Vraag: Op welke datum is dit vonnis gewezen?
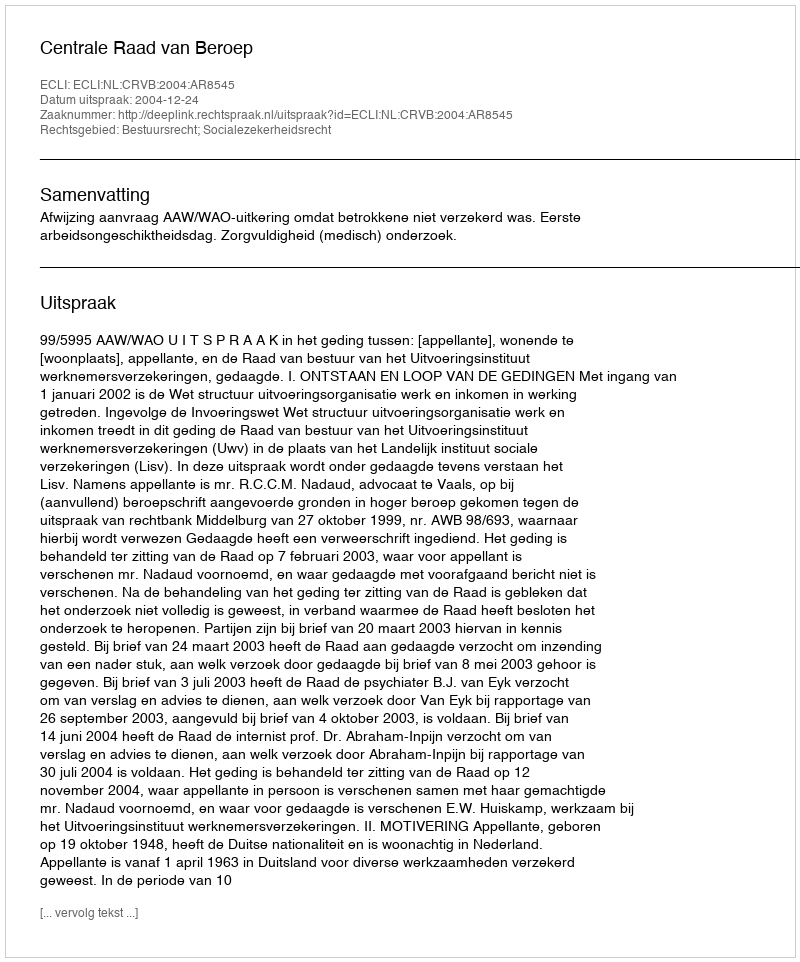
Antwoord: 2004-12-24